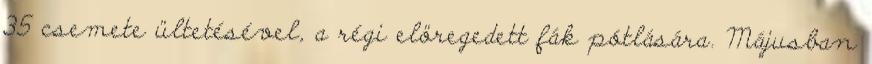
35 csemete ültetésével, a régi elöregedett fák pótlására. Májusban